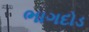
ભાગદોડ